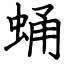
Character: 蛹